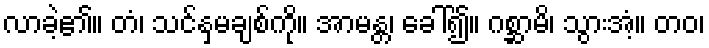
လာခဲ့၏။ တံ၊ သင်နှမချစ်ကို။ အာမန္တ၊ ခေါ်၍။ ဂစ္ဆာမိ၊ သွားအံ့။ တဝ၊